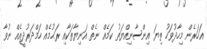
އަހަރެން މިހާދުވަހު ތިޔަ އިންސާނިއްޔަތު ކަމެއް ނެތް އަނިޔާތަކާއި ރަޙުމެއް ހަމްދަރުދީއެއް ނުވާ